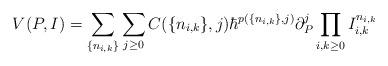
LaTeX: \begin{align*} V(P, I) = \sum_{\{n_{i, k}\}}\sum_{j \geq 0} C(\{n_{i, k}\}, j) \hbar^{p(\{n_{i, k}\}, j)} \partial^j_P\prod_{i, k \geq 0}I_{i, k}^{n_{i, k}} \end{align*}